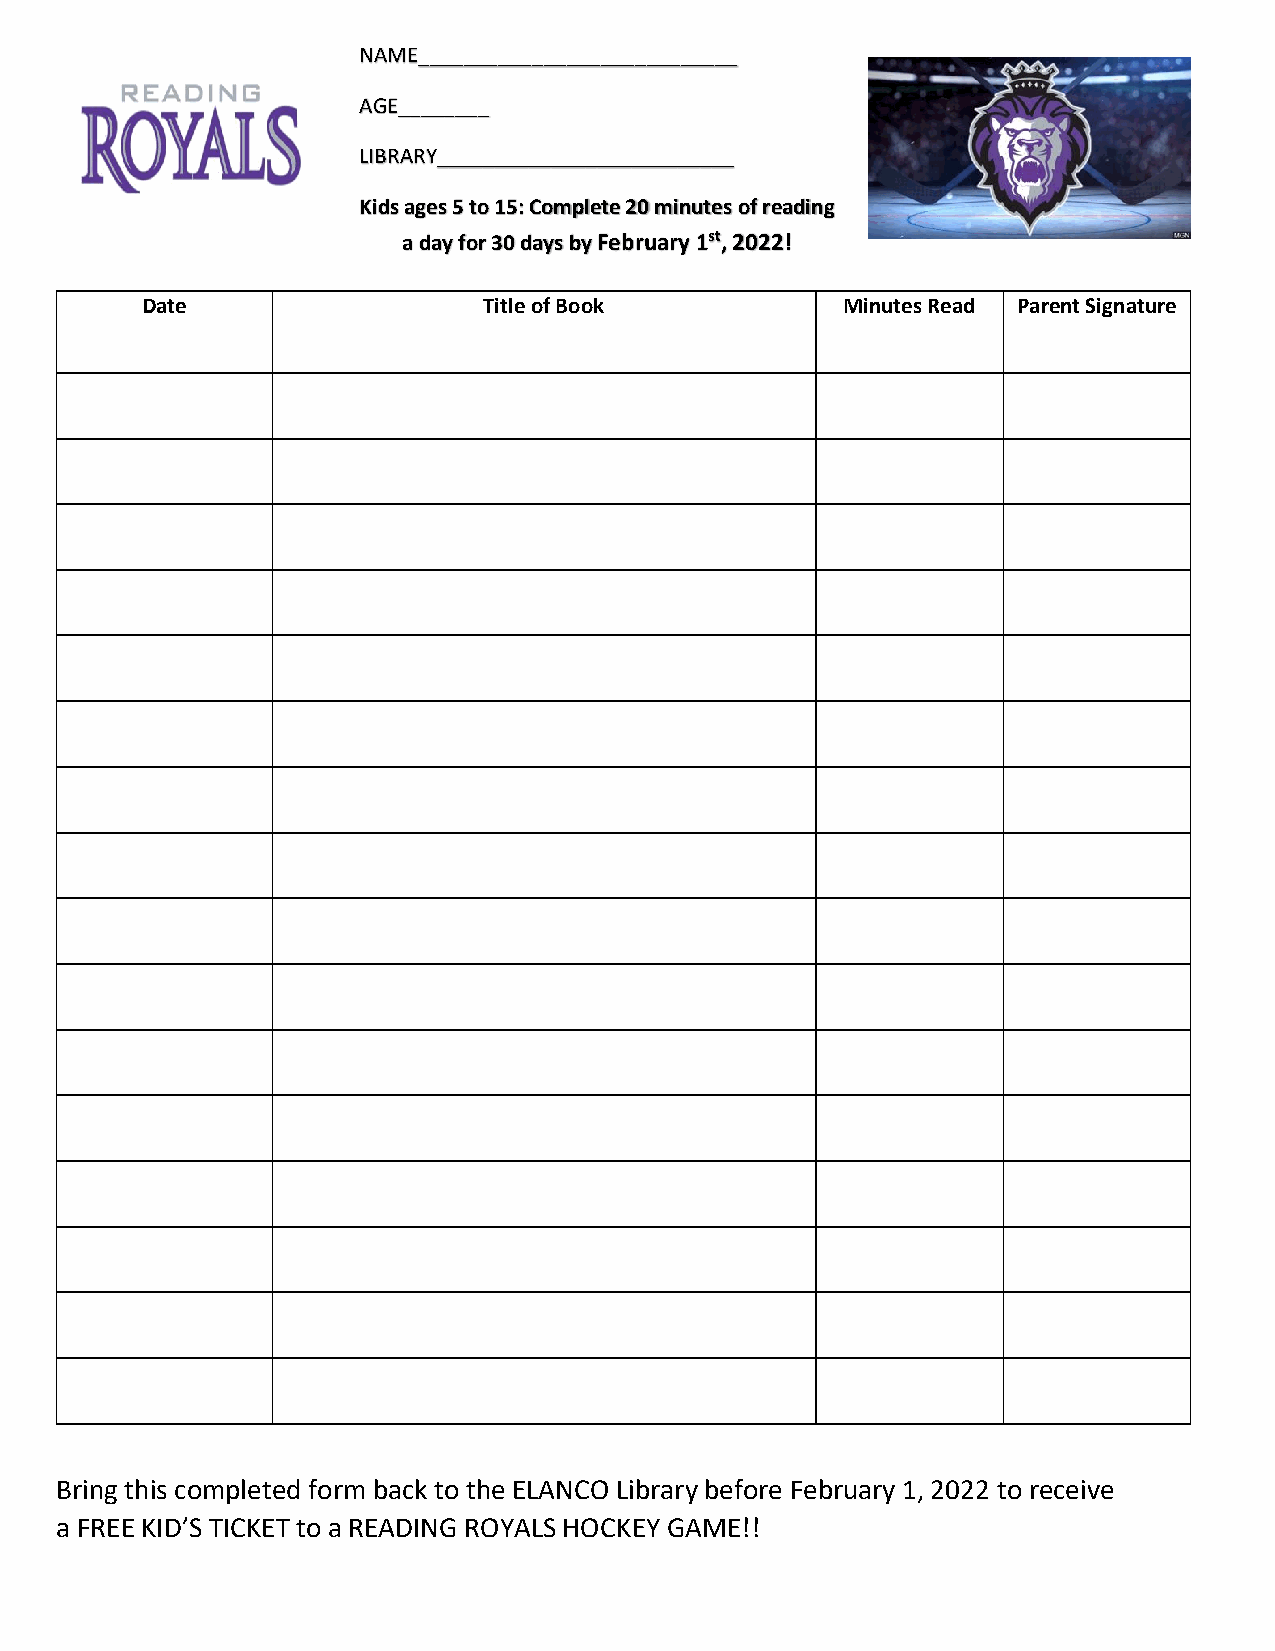
NAME____________________________
 AGE________
 LIBRARY__________________________
 Kids ages 5 to 15: Complete 20 minutes of reading
 a day for 30 days by February 1st, 2022!
 Date                   Title of Book           Minutes Read Parent Signature
 Bring this completed form back to the ELANCO Library before February 1, 2022 to receive
 a FREE KID’S TICKET to a READING ROYALS HOCKEY GAME!!